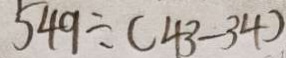
5 4 9 \div ( 4 3 - 3 4 )